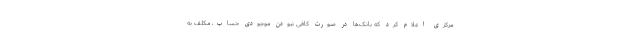
مرکزی اعلام کرد که بانک‌ها در صورت کافی نبودن موجودی حساب، مکلف به